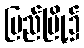
ပြည်မြို့၌